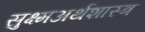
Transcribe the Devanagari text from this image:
सुक्ष्मअर्थशास्त्र